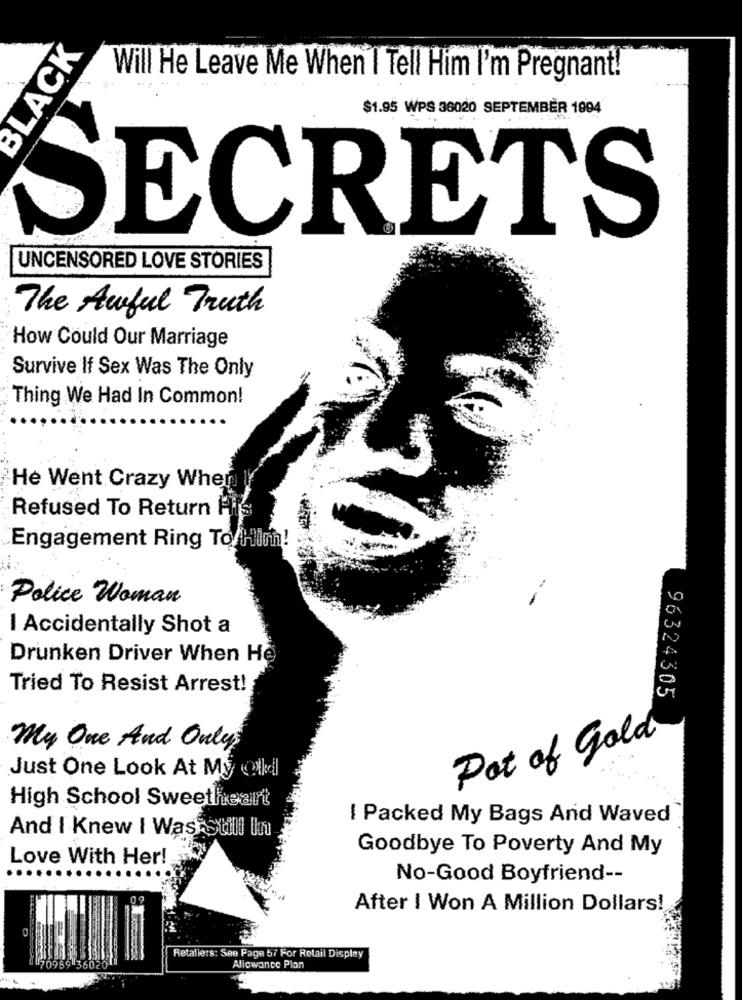
ACK
Will He Leave Me When I Tell Him I'm Pregnant!
$1.95 WPS 36020 SEPTEMBER 1994
SECRETS
UNCENSORED LOVE STORIES
The Awful Truth
How Could Our Marriage
Survive If Sex Was The Only
Thing We Had In Common!
He Went Crazy Wher
Refused To Return
Engagement Ring To/Him!
Police Woman
I Accidentally Shot a
Drunken Driver When He
Tried To Resist Arrest!
96324305
Pot of Gold
My One And Only
Just One Look At My (Nkcl
High School Sweetheart
I Packed My Bags And Waved
And I Knew I Was Still Ihn
Goodbye To Poverty And My
Love With Her!
No-Good Boyfriend --
After I Won A Million Dollars!
Retaliers: See Page 57 For Rotail Display
Allowance Plan